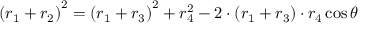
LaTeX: \left( r _ { 1 } + r _ { 2 } \right) ^ { 2 } = \left( r _ { 1 } + r _ { 3 } \right) ^ { 2 } + r _ { 4 } ^ { 2 } - 2 \cdot \left( r _ { 1 } + r _ { 3 } \right) \cdot r _ { 4 } \cos \theta